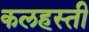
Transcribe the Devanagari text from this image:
कलहस्ती